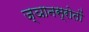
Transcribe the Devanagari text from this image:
ज्ञानस्रोतों